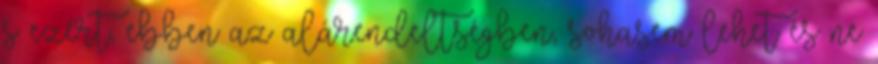
s ezért, ebben az alárendeltségben, sohasem lehet és ne